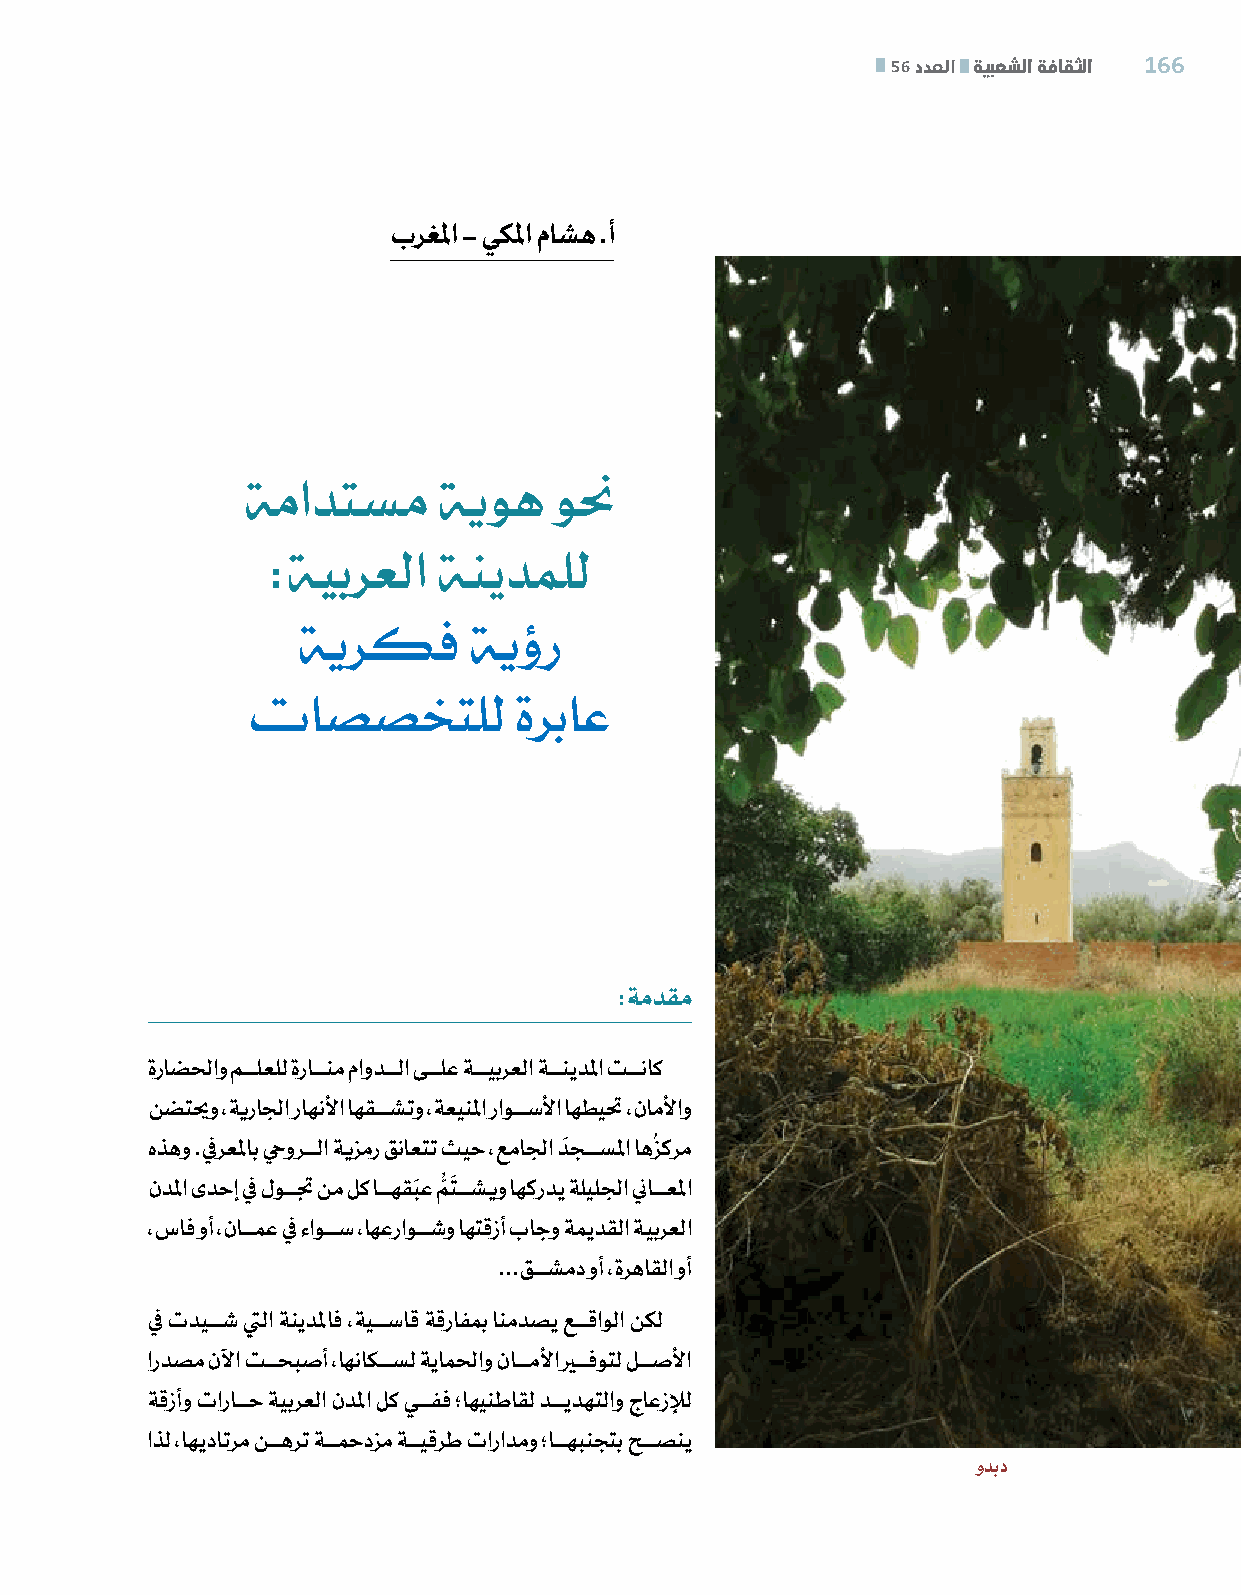
56 دﺪﻌﻟا ﺔﻴﺒﻌﺸﻟا ﺔـﻓﺎﻘﺜﻟا 166
 برغلما - يكلما ماشه .أ
 ةمادتسم      ةيوه    ونح
 :ة�يبرعلا  ة�نيدملل
 ةيركف      ةيؤر
 تاصصختلل          ةرباع
 :ةمدقم
 ةراضلحاو مـــلعلل ةراـــنم ماودـــلا ىـــلع ة�ـــيبرعلا ة�ـــنيدلما تـــناك
 نضتيحو ،ةيرالجا راهنلأا اهقـــشتو ،ةعينلما راوـــسلأا اهطيتح ،ناملأاو
 َ     ُ
 هذهو .فيرعلماب حيورـــلا ةيزمر قناعتت ثيح ،عمالجا دجـــسلما اهزكرم
 َ ُّ َ
 ندلما ىدحإ في لوـــتج نم لك اـــهقبع متـــشيو اهكردي ةليللجا نياـــعلما
 ،ساف وأ ،ناـــمع في ءاوـــس ،اهعراوـــشو اهتقزأ باجو ةميدقلا ة�يبرعلا
 ...قـــشمد وأ ،ةرهاقلا وأ
 في تديـــش تيلا ة�نيدلماف ،ةيـــساق ةقرافمب انمدصي عـــقاولا نكل
 اردصم نلآا تـــحبصأ ،اهناكـــسل ةياملحاو ناـــملأا يرـــفوتل لـــصلأا
 ةقزأو تاراـــح ة�يبرعلا ندلما لك يـــفف ؛اهينطاقل دـــيدهتلاو جاعزلإل
 اذل ،اهيداترم نـــهرت ةـــمحدزم ةـــيقرط تارادمو ؛اـــهبنجتب حـــصني
 ودبد